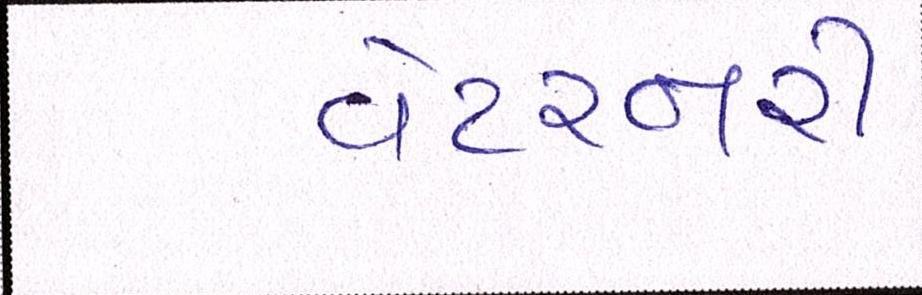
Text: વેટરનરી